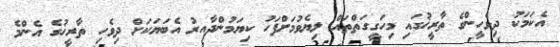
އެކަމަކު ދިވެހީންގެ ތާރީޚުގައި މިހަގީގަތްތައް ލިޔެވުމަށްފަހު ކިޔަމުންދާއިރު އެބަޔަކަށް ދިވެހި ތާރީޚުގެ އެންމެ